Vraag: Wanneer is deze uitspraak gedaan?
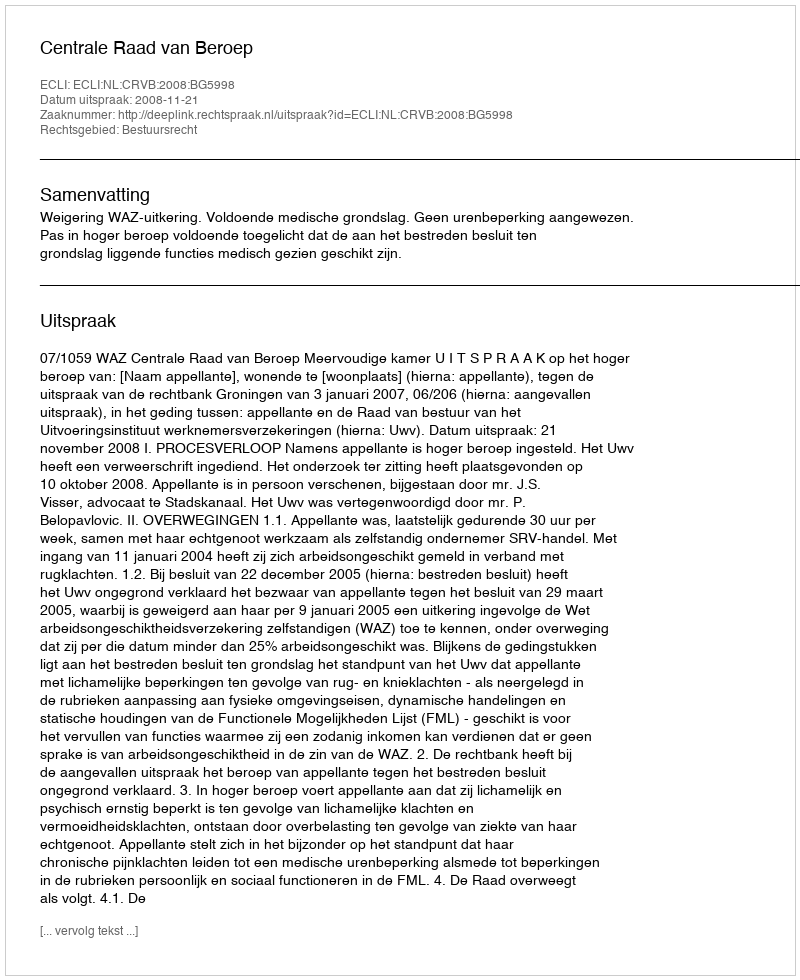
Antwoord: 2008-11-21